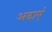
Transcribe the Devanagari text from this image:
अदाएं